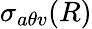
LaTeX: \sigma_{a\theta v}(R)